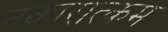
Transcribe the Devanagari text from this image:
नकारात्‍कम